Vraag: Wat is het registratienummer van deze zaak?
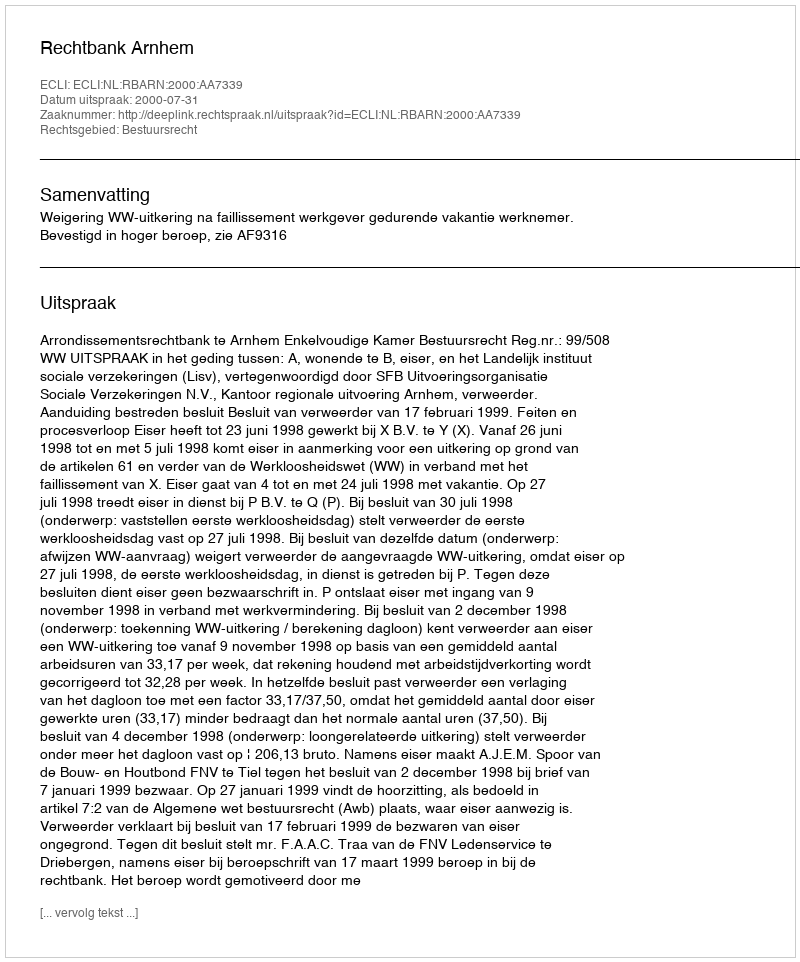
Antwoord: http://deeplink.rechtspraak.nl/uitspraak?id=ECLI:NL:RBARN:2000:AA7339